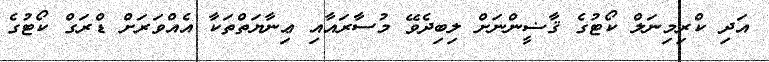
އަދި ކްރިމިނަލް ކޯޓުގެ ޤާޟީންނަށް ލިބިދެވޭ މުސާރައާއި ޢިނާޔަތްތަކާ އެއްވަރަށް ޑްރަގް ކޯޓުގެ